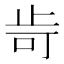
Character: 㱒